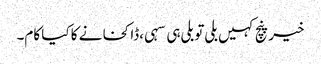
خیر پنچ کہیں بلی تو بلی ہی سہی ،ڈاکخانے کا کیا کام۔